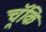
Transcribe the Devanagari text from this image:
चॅूकि